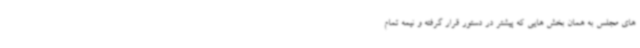
های مجلس به همان بخش هایی که پیشتر در دستور قرار گرفته و نیمه تمام